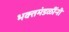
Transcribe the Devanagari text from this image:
भक्तमंडळींनी